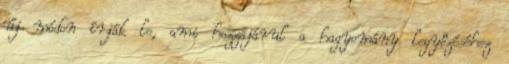
új módon írják le, ami hozzájárul a hagyomány legyőzéséhez